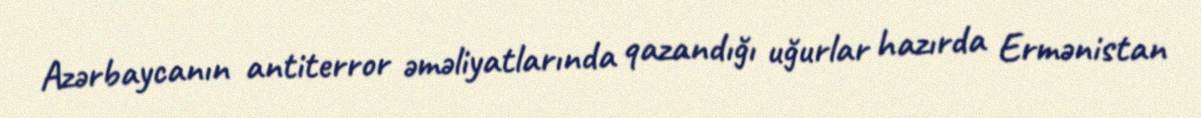
Azərbaycanın antiterror əməliyatlarında qazandığı uğurlar hazırda Ermənistan